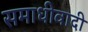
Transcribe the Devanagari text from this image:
समाधीवादी